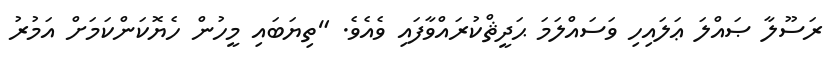
ރަސޫލާ ޞައްލަ ޢަލައިހި ވަސައްލަމަ ޙަދީޘްކުރައްވާފައި ވެއެވެ. "ތިޔަބައި މީހުން ހެޔޮކަންކަމަށް އަމުރު